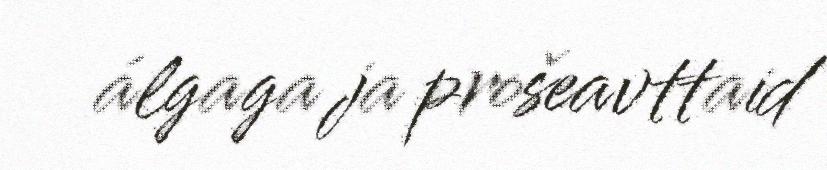
álgaga ja prošeavttaid